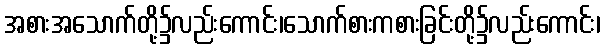
အစားအသောက်တို့၌လည်းကောင်း၊သောက်စားကစားခြင်းတို့၌လည်းကောင်း၊